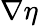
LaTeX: \nabla\eta